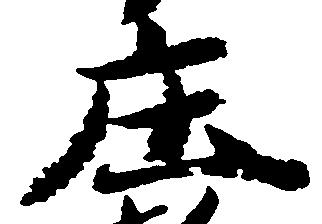
庄